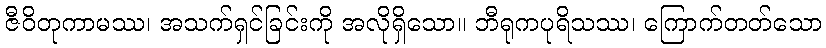
ဇီဝိတုကာမဿ၊ အသက်ရှင်ခြင်းကို အလိုရှိသော။ ဘီရုကပုရိသဿ၊ ကြောက်တတ်သော